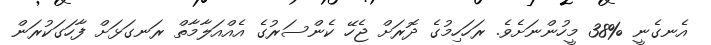
އެނގެނީ %38 މީހުންނަށެވެ. ރަހަހިމުގެ ދޮރަށް ޖެހޭ ކެންސަރުގެ އެއްއަލާމާތް ރަނގަޅަށް ފާހަގަކުރަން